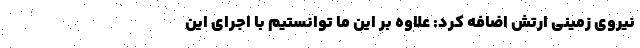
نیروی زمینی ارتش اضافه کرد: علاوه بر این ما توانستیم با اجرای این